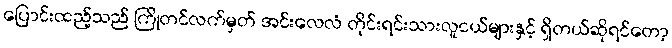
ပြောင်းထည့်သည် ကြိုတင်လက်မှတ် အင်းလေလံ တိုင်းရင်းသားလူငယ်များနှင့် ရှိတယ်ဆိုရင်တော့